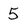
Character: 5